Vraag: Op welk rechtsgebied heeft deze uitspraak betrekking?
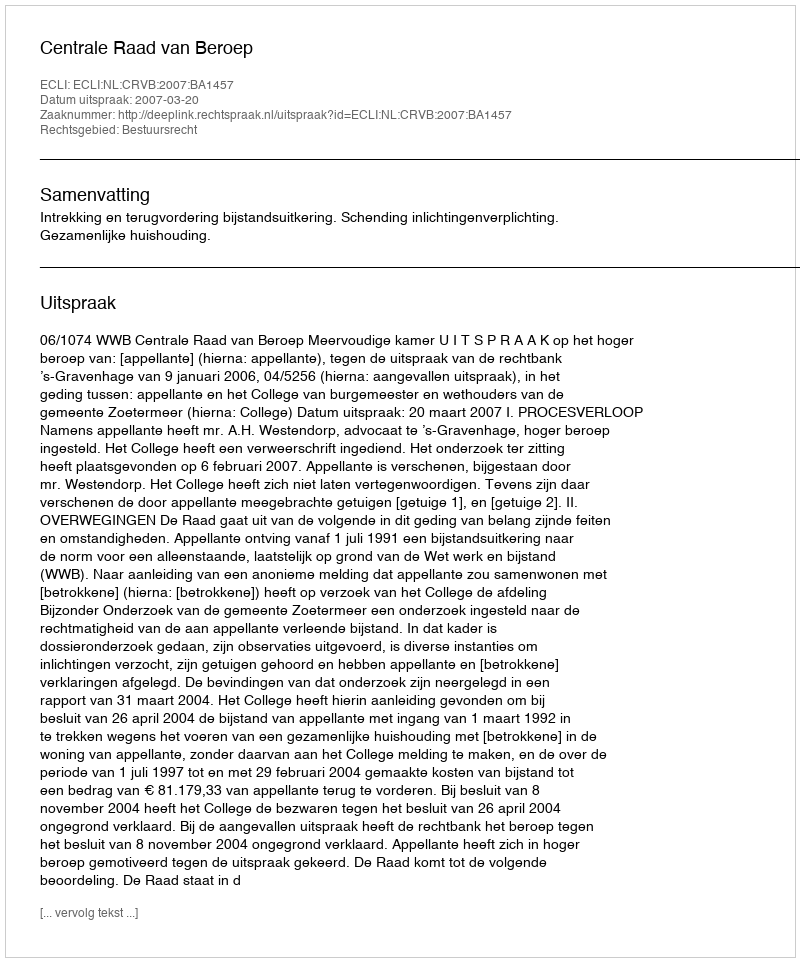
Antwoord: Bestuursrecht